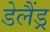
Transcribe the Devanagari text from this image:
डेलैंड्र